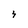
Character: 3